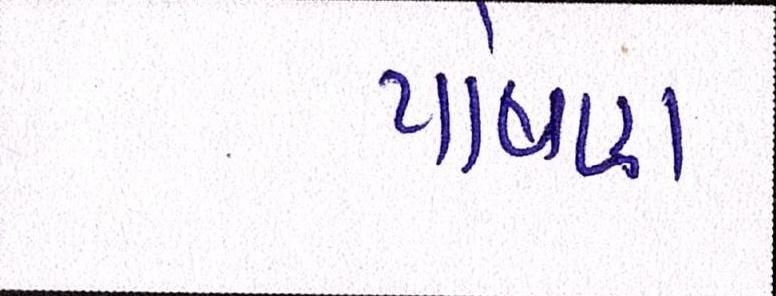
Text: પોષણ